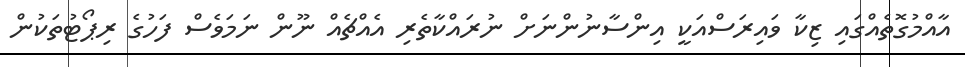
އާއްމުގޮތެއްގައި ޒިކާ ވައިރަސްއަކީ އިންސާނުންނަށް ނުރައްކާތެރި އެއްޗެއް ނޫން ނަމަވެސް ފަހުގެ ރިޕޯޓުތަކުން